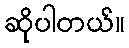
ဆိုပါတယ်။